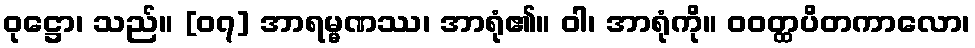
ဝုဋ္ဌော၊ သည်။ [၀၇] အာရမ္မဏဿ၊ အာရုံ၏။ ဝါ၊ အာရုံကို။ ဝဝတ္ထပိတကာလော၊